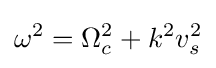
\omega ^{2}=\Omega _{c}^{2}+k^{2}v_{s}^{2}